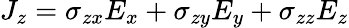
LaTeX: J_{z}=\sigma_{zx}E_{x}+\sigma_{zy}E_{y}+\sigma_{zz}E_{z}